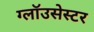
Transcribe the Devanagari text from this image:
ग्लॉउसेस्टर